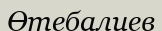
Өтебалиев